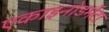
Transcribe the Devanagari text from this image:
एकाइनोडर्मेटा